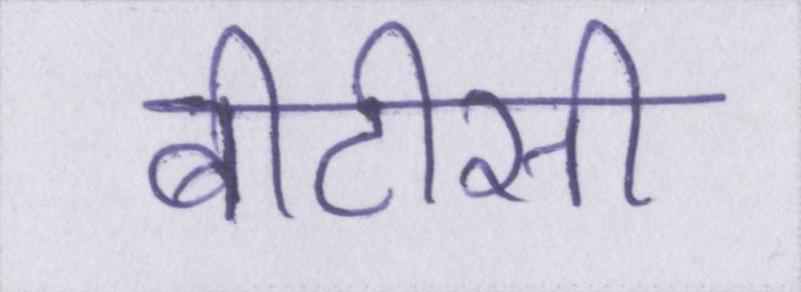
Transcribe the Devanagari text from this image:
बीटीसी